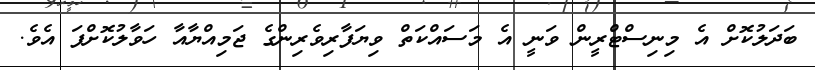
ބަދަލުކޮށް އެ މިނިސްޓްރީން ވަނީ އެ މަސައްކަތް ވިޔަފާރިވެރިންގެ ޖަމިއްޔާއާ ހަވާލުކޮށްފަ އެވެ.